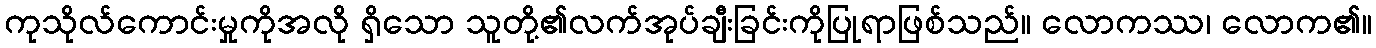
ကုသိုလ်ကောင်းမှုကိုအလို ရှိသော သူတို့၏လက်အုပ်ချီးခြင်းကိုပြုရာဖြစ်သည်။ လောကဿ၊ လောက၏။